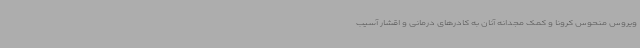
ویروس منحوس کرونا و کمک مجدانه آنان به کادرهای درمانی و اقشار آسیب